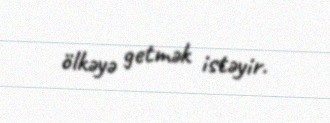
ölkəyə getmək istəyir.